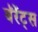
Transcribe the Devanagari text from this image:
बॅरेंट्‌स